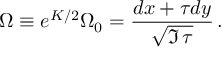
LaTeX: \Omega \equiv e ^ { { \cal K } / 2 } \Omega _ { 0 } = { \frac { d x + \tau d y } { \sqrt { \Im \, \tau } } } \, .